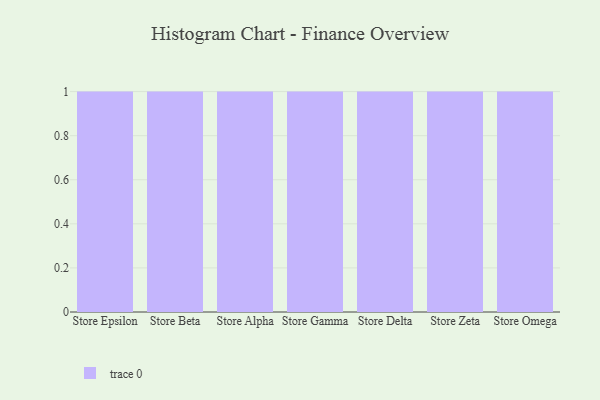
{"axis": {"x": "Store", "y": "Inventory Turnover"}, "legend": [""], "data": [{"x": "Store Epsilon", "y": 4, "type": ""}, {"x": "Store Beta", "y": 9, "type": ""}, {"x": "Store Alpha", "y": 62, "type": ""}, {"x": "Store Gamma", "y": 50, "type": ""}, {"x": "Store Delta", "y": 94, "type": ""}, {"x": "Store Zeta", "y": 81, "type": ""}, {"x": "Store Omega", "y": 96, "type": ""}]}